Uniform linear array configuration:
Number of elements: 4
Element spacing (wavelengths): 0.25
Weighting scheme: blackman
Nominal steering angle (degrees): -45
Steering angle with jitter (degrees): -45.06
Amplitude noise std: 0.05
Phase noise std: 0.05

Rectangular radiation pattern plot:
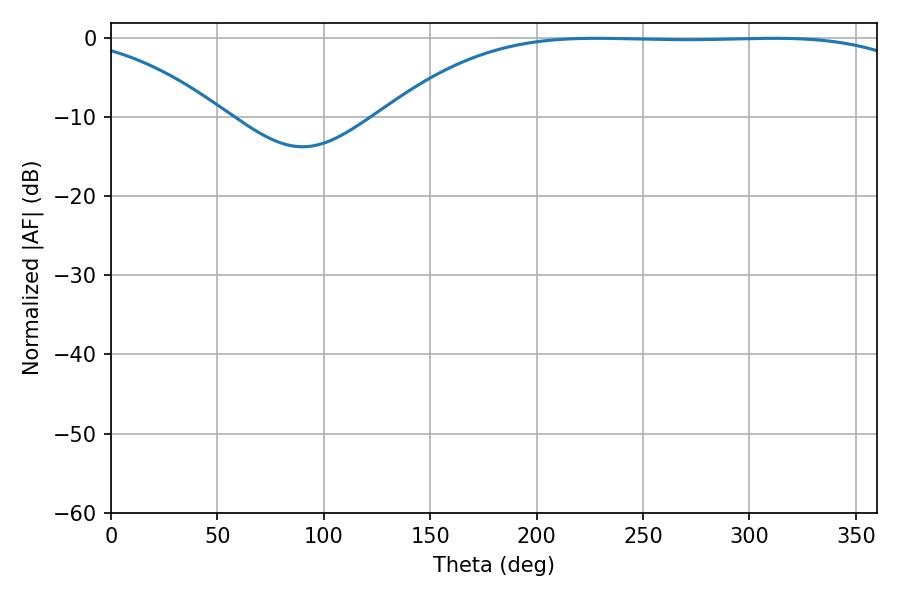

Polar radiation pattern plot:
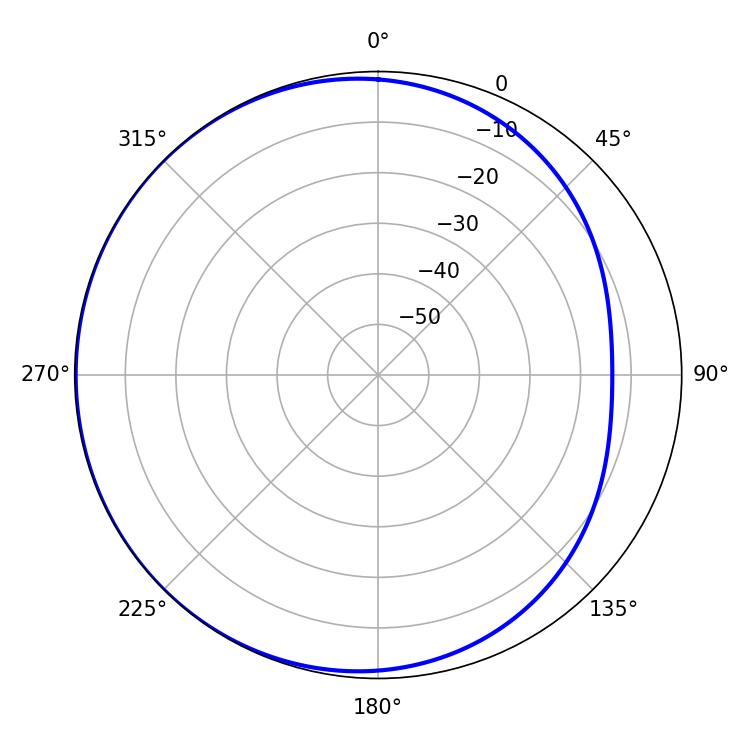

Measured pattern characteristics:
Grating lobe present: FALSE
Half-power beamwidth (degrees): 194.94
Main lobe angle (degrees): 228.06